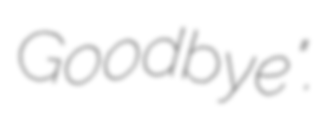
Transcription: Goodbye".